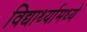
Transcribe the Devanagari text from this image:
विद्यार्थ्यामध्ये